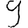
Digit: 9